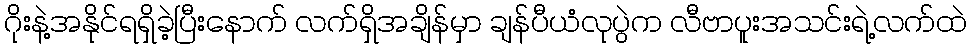
ဂိုးနဲ့အနိုင်ရရှိခဲ့ပြီးနောက် လက်ရှိအချိန်မှာ ချန်ပီယံလုပွဲက လီဗာပူးအသင်းရဲ့လက်ထဲ